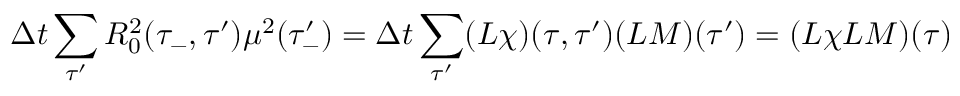
\Delta t \sum _ { \tau ^ { \prime } } R _ { 0 } ^ { 2 } ( \tau _ { - } , \tau ^ { \prime } ) \mu ^ { 2 } ( \tau _ { - } ^ { \prime } ) = \Delta t \sum _ { \tau ^ { \prime } } ( L \chi ) ( \tau , \tau ^ { \prime } ) ( L M ) ( \tau ^ { \prime } ) = ( L \chi L M ) ( \tau )